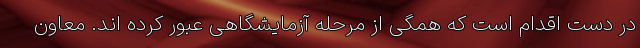
در دست اقدام است که همگی از مرحله آزمایشگاهی عبور کرده اند. معاون